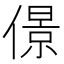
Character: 𠎠